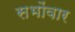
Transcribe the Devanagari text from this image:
सभोंवार